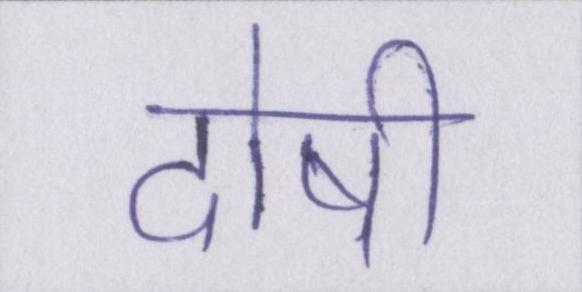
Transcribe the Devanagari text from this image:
दोषी